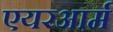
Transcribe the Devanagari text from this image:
एयरआर्म